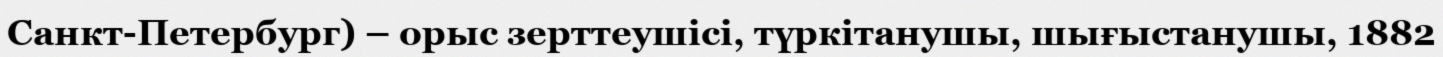
Санкт-Петербург) – орыс зерттеушісі, түркітанушы, шығыстанушы, 1882